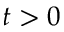
t > 0